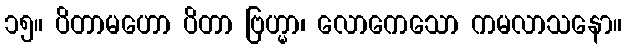
၁၅။ ပိတာမဟော ပိတာ ဗြဟ္မာ၊ လောကေသော ကမလာသနော။